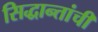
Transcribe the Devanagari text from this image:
सिद्धान्तांची